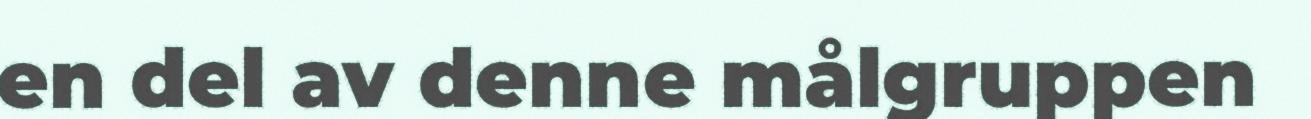
en del av denne målgruppen